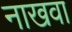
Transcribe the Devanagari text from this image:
नाखवा